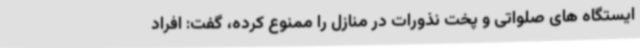
ایستگاه های صلواتی و پخت نذورات در منازل را ممنوع کرده، گفت: افراد